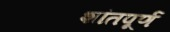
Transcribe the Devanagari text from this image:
शांतपूर्ण